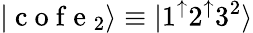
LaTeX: |\mathrm{~c~o~f~e~}_{2}\rangle\equiv|1^{\mathord{\uparrow}}2^{\mathord{\uparrow}}3^{2}\rangle